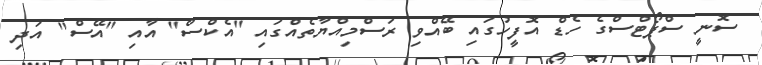
ސޮނީ ސްޕޯޓްސްގެ ހެޑް އޮފީހުގައި ބޭއްވި ރަސްމިއްޔާތެއްގައި "އެކްސް" އާއި "އޭސް" އަދި